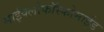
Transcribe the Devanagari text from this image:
साईक्लोफॉस्फोमाईड